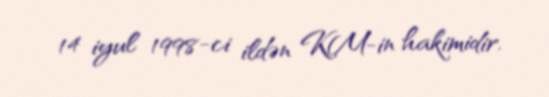
14 iyul 1998-ci ildən KM-in hakimidir.